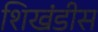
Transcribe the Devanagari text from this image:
शिखंडीस